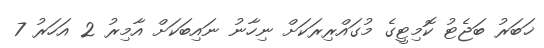
ޚަބަރު ބަޖެޓު ކޮމިޓީގެ މުގައްރިރަކަށް ނިހާނު ނައިބަކަށް އާމިރު 2 އަހަރު 7